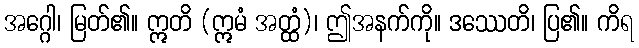
အဂ္ဂေါ၊ မြတ်၏။ ဣတိ (ဣမံ အတ္ထံ)၊ ဤအနက်ကို။ ဒဿေတိ၊ ပြ၏။ ကိရ